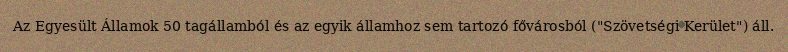
Az Egyesült Államok 50 tagállamból és az egyik államhoz sem tartozó fővárosból ("Szövetségi Kerület") áll.